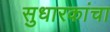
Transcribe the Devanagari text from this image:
सुधारकांचा